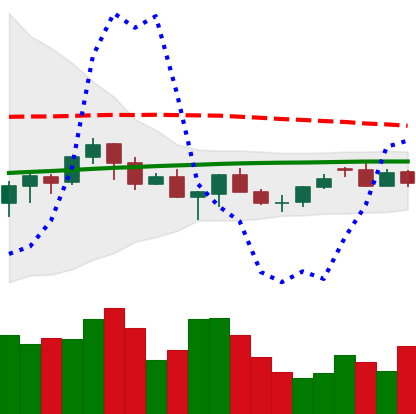
Ticker: XMR-USD
Chart end date: 2021-06-18
Forward return: -19.778%
Label: down_7plus